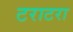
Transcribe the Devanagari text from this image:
टराटरा